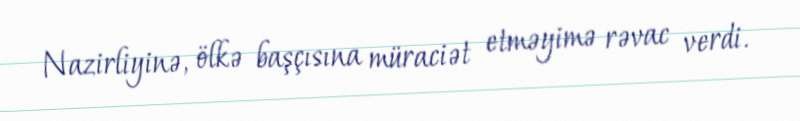
Nazirliyinə, ölkə başçısına müraciət etməyimə rəvac verdi.